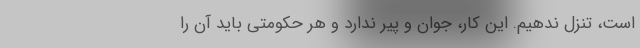
است، تنزل ندهیم. این کار، جوان و پیر ندارد و هر حکومتی باید آن را